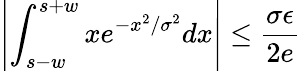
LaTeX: \left|\displaystyle\int_{s-w}^{s+w}xe^{-x^{2}/\sigma^{2}}dx\right|\le\frac{\sigma\epsilon}{2e}